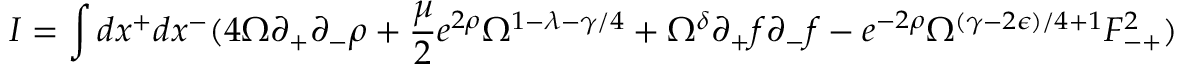
I = \int d x ^ { + } d x ^ { - } ( 4 \Omega \partial _ { + } \partial _ { - } \rho + \frac { \mu } { 2 } e ^ { 2 \rho } \Omega ^ { 1 - \lambda - \gamma / 4 } + \Omega ^ { \delta } \partial _ { + } f \partial _ { - } f - e ^ { - 2 \rho } \Omega ^ { ( \gamma - 2 \epsilon ) / 4 + 1 } F _ { - + } ^ { 2 } )